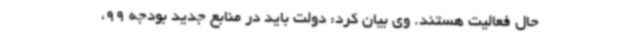
حال فعالیت هستند. وی بیان کرد: دولت باید در منابع جدید بودجه 99،